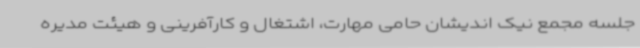
جلسه مجمع نیک اندیشان حامی مهارت، اشتغال و کارآفرینی و هیئت مدیره